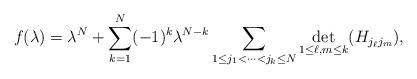
LaTeX: \begin{align*}f(\lambda)=\lambda^N+\sum_{k=1}^{N}(-1)^k\lambda^{N-k}\sum_{1\le j_1<\cdots<j_k\le N}\underset{1\le \ell,m\le k}{{\rm det}}(H_{j_\ell j_m}),\end{align*}